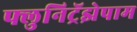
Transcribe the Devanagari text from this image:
फ्लुनिट्रॅझेपाम